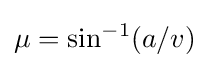
\mu =\sin ^{-1}(a/v)